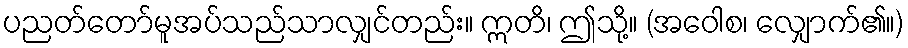
ပညတ်တော်မူအပ်သည်သာလျှင်တည်း။ ဣတိ၊ ဤသို့။ (အဝေါစ၊ လျှောက်၏။)